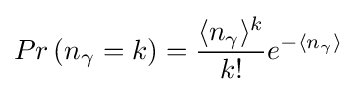
Pr\left(n_{\gamma }=k\right)={\frac {\langle n_{\gamma }\rangle ^{k}}{k!}}e^{-\langle n_{\gamma }\rangle }